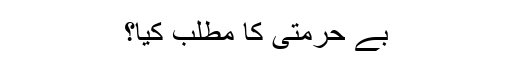
بے حرمتی کا مطلب کیا؟